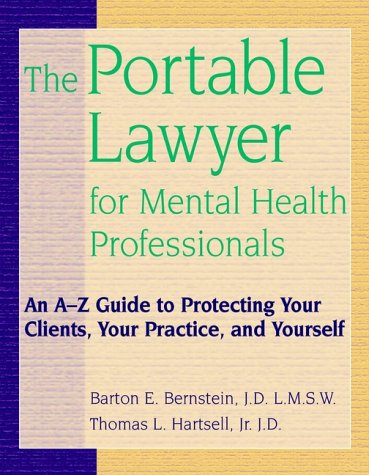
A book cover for The Portable Lawyer for Mental Health Professionals: An A-Z Guide to Protecting Your Clients, Your Practice, and Yourself; Barton E. Bernstein JD  LMSW; Law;